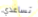
تساعدي